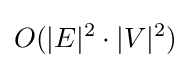
O(|E|^{2}\cdot |V|^{2})